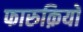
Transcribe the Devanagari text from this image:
फारुक़ियों